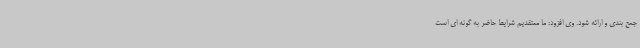
جمع بندی و ارائه شود. وی افزود: ما معتقدیم شرایط حاضر به گونه ای است